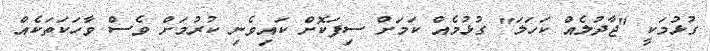
ގުޅުމަކީ "ޖާދުލެއް ކަހަލަ" ގުޅުމެއް ކަމަށް ސިފަކޮށް ކައިވެނި ކުރުމަށް ވެސް ވާހަކަތަކެއް